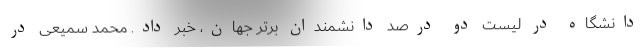
دانشگاه در لیست دو درصد دانشمندان برتر جهان، خبر داد. محمد سمیعی در